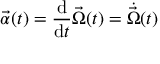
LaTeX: { \vec { \alpha } } ( t ) = { \frac { \mathrm { d } } { \mathrm { d } t } } { \vec { \Omega } } ( t ) = { \dot { \vec { \Omega } } } ( t )